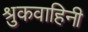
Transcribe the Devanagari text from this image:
श्रुकवाहिनी